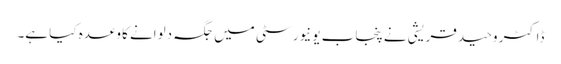
ڈاکٹر وحید قریشی نے پنجاب یونیورسٹی میں جگہ دلوانے کا وعدہ کیا ہے۔